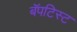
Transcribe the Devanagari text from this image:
बॅपटिस्ट